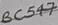
Text: BC547